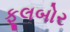
ફૂલબોર